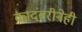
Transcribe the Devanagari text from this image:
कादंबरीनेही